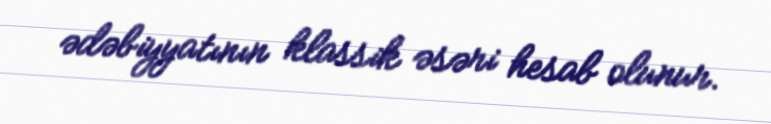
ədəbiyyatının klassik əsəri hesab olunur.